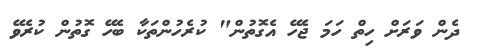
ދެން ވަރަށް ހިތް ހަމަ ޖެހޭ އެގޮތުން" ކުރެހުންތަކާ ބެހޭ ގޮތުން ކުރެވޭ